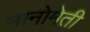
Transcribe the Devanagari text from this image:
मानोमेती